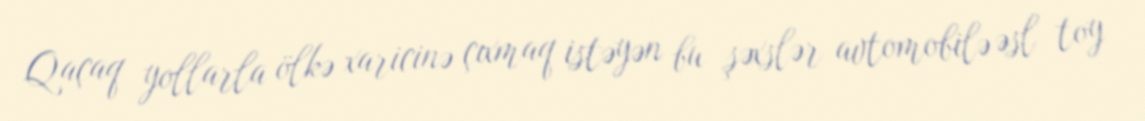
Qaçaq yollarla ölkə xaricinə çıxmaq istəyən bu şəxslər avtomobilə əsl toy